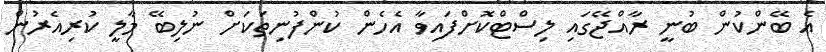
އެ ބޭންކުން ބުނީ ރާއްޖޭގައި ލިސްޓްކޮށްފައިވާ އެހެން ކުންފުނިތަކަށް ނުލިބޭ މާލީ ކުރިއެރުން